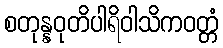
စတုန္နဝုတိပါရိဝါသိကဝတ္တံ